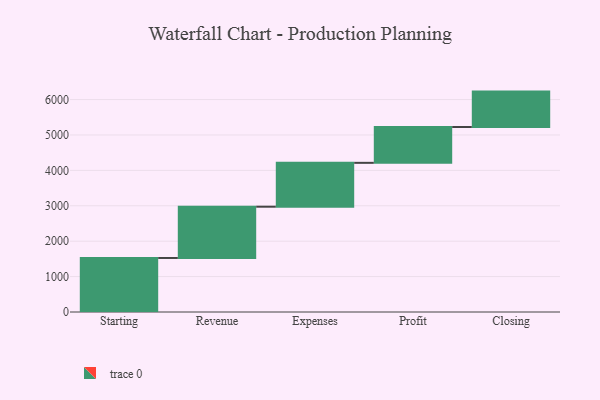
{"axis": {"x": "Step", "y": "Value"}, "legend": [""], "data": [{"x": "Starting", "y": 1526.0, "type": ""}, {"x": "Revenue", "y": 1448.0, "type": ""}, {"x": "Expenses", "y": 1239.0, "type": ""}, {"x": "Profit", "y": 1012.0, "type": ""}, {"x": "Closing", "y": 1000, "type": ""}]}